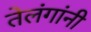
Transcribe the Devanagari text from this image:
तेलंगांनी